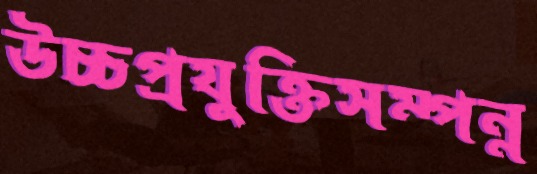
উচ্চপ্রযুক্তিসম্পন্ন